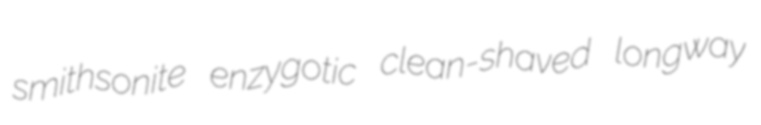
smithsonite enzygotic clean-shaved longway